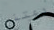
دعتني